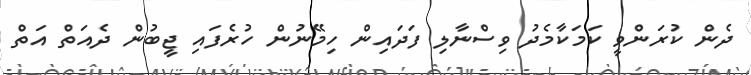
ދެން ކުރަންވީ ކަމަކާމެދު ވިސްނާލި ފަދައިން ހިމޭނުން ހުރެފައި ޖީބުން ދެއަތް އަތް